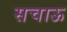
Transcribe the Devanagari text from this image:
सचाऊ